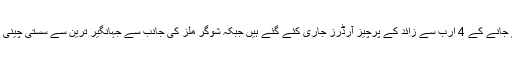
زرائع کے مطابق شوگر ملز سے چینی لئے جانے کے 4 ارب سے زائد کے پرچیز آرڈرز جاری کئے گئے ہیں جبکہ شوگر ملز کی جانب سے جہانگیر ترین سے سستی چینی کی خریداری کے بھی آرڈر دئیے گئے ہیں۔